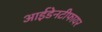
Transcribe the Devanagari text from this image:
आईडेनटीफायर